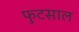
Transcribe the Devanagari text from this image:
फुटसाल